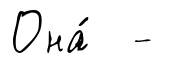
Она́ -